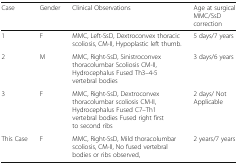
| Case | Gender | Clinical Observations | Age at surgical MMC/SsD correction |
 | --- | --- | --- | --- |
 | 1 | F | MMC, Left-SsD, Dextroconvex thoracic scoliosis, CM-II, Hypoplastic left thumb. | 5 days/7 years |
 | 2 | M | MMC, Right-SsD, Sinistroconvex thoracolumbar Scoliosis CM-II, Hydrocephalus Fused Th3–4-5 vertebral bodies | 3 days/6 years |
 | 3 | F | MMC, Right-SsD, Dextroconvex thoracolumbar scoliosis CM-II, Hydrocephalus Fused C7–Th1 vertebral bodies Fused right first to second ribs | 2 days/ Not Applicable |
 | This Case | F | MMC, Right-SsD, Mild thoracolumbar scoliosis, CM-II, No fused vertebral bodies or ribs observed, | 2 years/7 years |